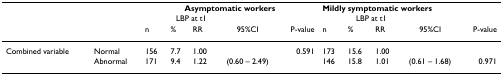
|  |  | <COLSPAN=5> Asymptomatic workers | <COLSPAN=5> Mildly symptomatic workers |
 |  |  |  | <COLSPAN=2> LBP at t1 |  |  |  | <COLSPAN=2> LBP at t1 |  |  |
 |  |  | n | % | RR | 95%CI | P-value | n | % | RR | 95%CI | P-value |
 | --- | --- | --- | --- | --- | --- | --- | --- | --- | --- | --- | --- |
 | Combined variable | Normal | 156 | 7.7 | 1.00 |  | 0.591 | 173 | 15.6 | 1.00 |  |  |
 |  | Abnormal | 171 | 9.4 | 1.22 | (0.60 – 2.49) |  | 146 | 15.8 | 1.01 | (0.61 – 1.68) | 0.971 |